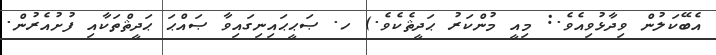
އެބޭކަލުން ވިދާޅުވިއެވެ.: މިއީ މުންކަރު ޙަދީޘެކެވެ.) ހ. ޞަޙީޙައިނިގައިވާ ޞައްޙަ ޙަދީޘްތަކާއި ފުށުއެރުން.